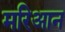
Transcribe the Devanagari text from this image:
मरिआन